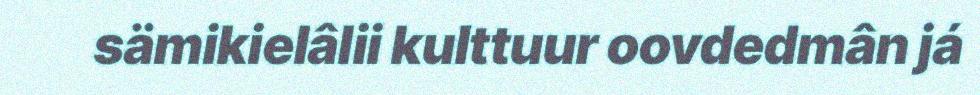
sämikielâlii kulttuur oovdedmân já